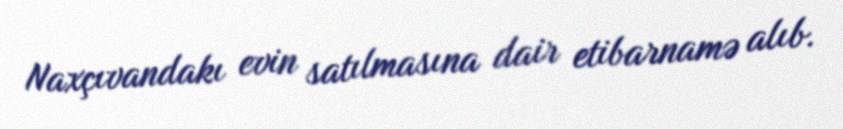
Naxçıvandakı evin satılmasına dair etibarnamə alıb.